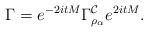
LaTeX: \begin{align*}\Gamma = e^{-2itM} \Gamma_{\rho_{\alpha}}^{\mathcal{C}} e^{2itM}.\end{align*}